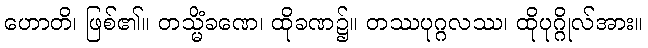
ဟောတိ၊ ဖြစ်၏။ တသ္မိံခဏေ၊ ထိုခဏ၌။ တဿပုဂ္ဂလဿ၊ ထိုပုဂ္ဂိုလ်အား။